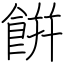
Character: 餠